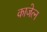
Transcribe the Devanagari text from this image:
काजेत्न